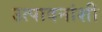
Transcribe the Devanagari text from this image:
उत्पादनांशी